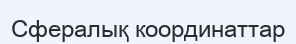
Сфералық координаттар